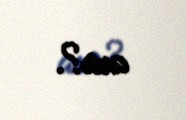
ara?.